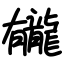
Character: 龓